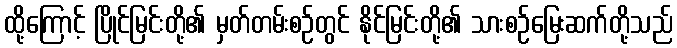
ထို့ကြောင့် ပြိုင်မြင်းတို့၏ မှတ်တမ်းစဉ်တွင် နိုင်မြင်းတို့၏ သားစဉ်မြေးဆက်တို့သည်